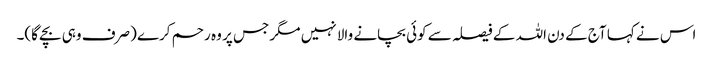
اس نے کہا آج کے دن اللہ کے فیصلہ سے کوئی بچانے والا نہیں مگر جس پر وہ رحم کرے (صرف وہی بچے گا)۔